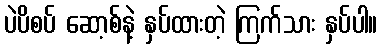
ပဲပိစပ် ဆော့စ်နဲ့ နှပ်ထားတဲ့ ကြက်သား နှပ်ပါ။